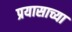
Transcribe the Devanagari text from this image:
प्रयासाच्या